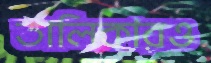
তালিকারও